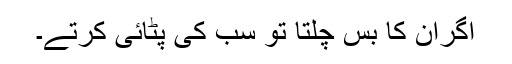
اگران کا بس چلتا تو سب کی پٹائی کرتے۔